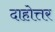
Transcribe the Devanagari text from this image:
दाहोत्तर